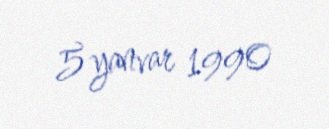
5 yanvar 1990